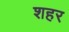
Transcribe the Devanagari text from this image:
शहर